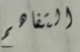
التفاهم